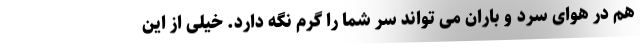
هم در هوای سرد و باران می تواند سر شما را گرم نگه دارد. خیلی از این